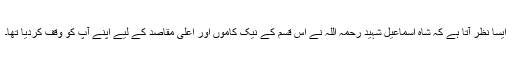
ایسا نظر آتا ہے کہ شاہ اسماعیل شہید رحمہ اللہ نے اس قسم کے نیک کاموں اور اعلیٰ مقاصد کے لیے اپنے آپ کو وقف کردیا تھا۔